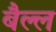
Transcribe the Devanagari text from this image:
बैल्ल